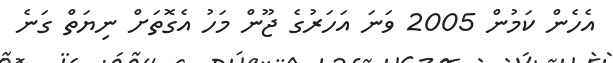
އެހެން ކަމުން 2005 ވަނަ އަހަރުގެ ޖޫން މަހު އެގޮތަށް ނިޔަތް ގަނެ